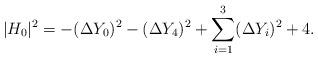
LaTeX: \begin{align*}|H_0|^2=-(\Delta Y_0)^2-(\Delta Y_4)^2+ \sum_{i=1}^3 (\Delta Y_i)^2 + 4 .\end{align*}